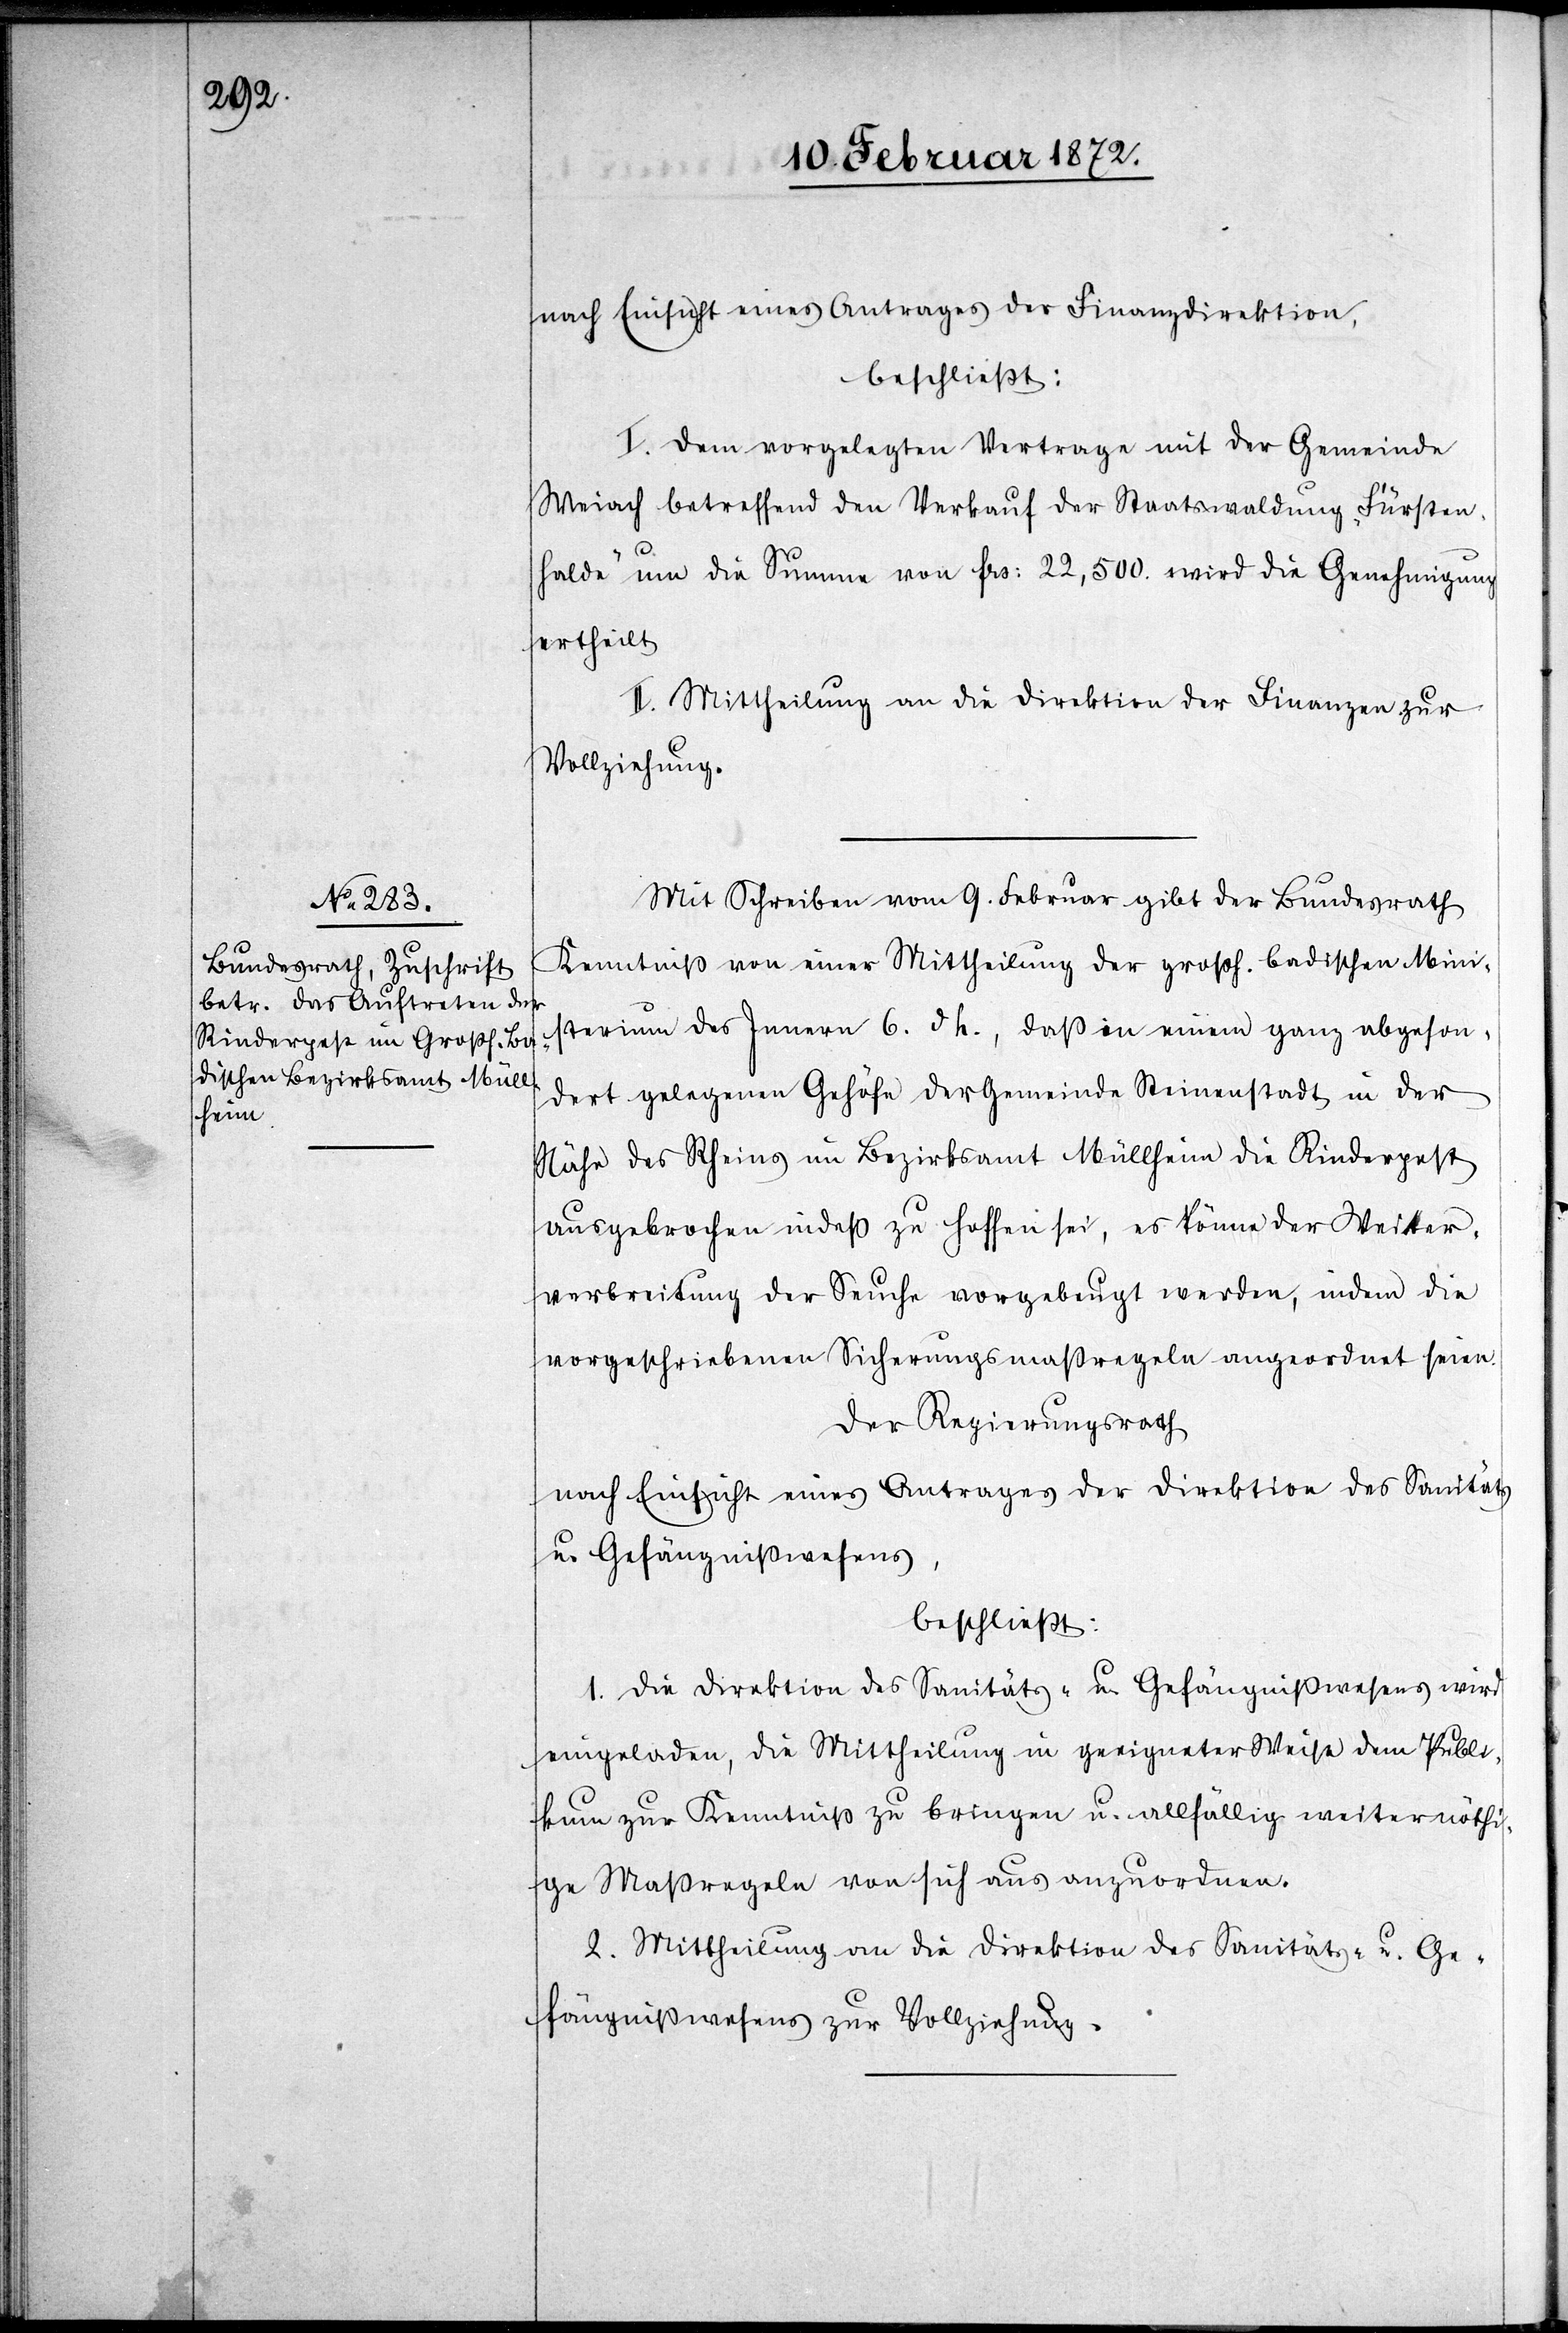
nach Einsicht eines Antrages der Finanzdirektion,
beschließt:
I. Dem vorgelegten Vertrage mit der Gemeinde
Weiach betreffend den Verkauf der Staatswaldung „Fürsten¬
halde“ um die Summe von frs. 22,500. wird die Genehmigung
ertheilt.
II. Mittheilung an die Direktion der Finanzen zur
Vollziehung.
Mit Schreiben vom 9. Februar gibt der Bundesrath
Kenntniß von einer Mittheilung der großh. badischen Mini¬
sterium des Innern [sic!] 6. d. [?J], daß in einem ganz abgeson¬
dert gelegenen Gehöfe der Gemeinde Steinenstadt in der
Nähe des Rheins im Bezirksamt Müllheim die Rinderpest
ausgebrochen indeß zu hoffen sei, es könne der Weiter¬
verbreitung der Seuche vorgebeugt werden, indem die
vorgeschriebenen Sicherungsmaßregeln angeordnet seien.
Der Regierungsrath
nach Einsicht eines Antrages der Direktion des Sanitäts
u. Gefängnißwesens,
beschließt:
1. Die Direktion des Sanitäts- u. Gefängnißwesens wird
eingeladen, die Mittheilung in geeigneter Weise dem Publi¬
kum zur Kenntniß zu bringen u. allfällig weiter nöthi¬
ge Maßregeln von sich aus anzuordnen.
2. Mittheilung an die Direktion des Sanitäts- u. Ge¬
fängnißwesens zur Vollziehung.